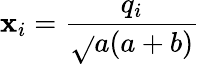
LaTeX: \mathbf{x}_{i}=\frac{{q_{i}}}{{\sqrt{}{{a(a+b)}}}}